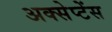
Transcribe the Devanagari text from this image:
अक्सेप्टेंस